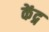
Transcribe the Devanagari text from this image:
केंद्ग